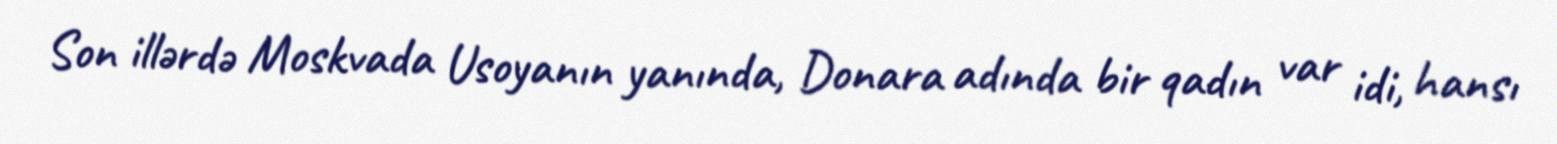
Son illərdə Moskvada Usoyanın yanında, Donara adında bir qadın var idi, hansı